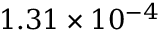
1 . 3 1 \times 1 0 ^ { - 4 }